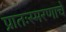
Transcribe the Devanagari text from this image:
प्रातःस्मरणाचे